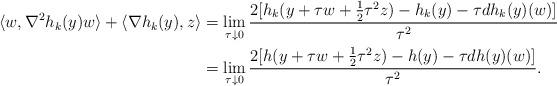
LaTeX: \begin{align*} \langle w,\nabla^2 h_{k}(y)w\rangle+\langle\nabla h_{k}(y), z\rangle &=\lim_{\tau\downarrow 0}\frac{2[h_k(y+\tau w+\frac{1}{2}\tau^2z)-h_k(y)-\tau dh_k(y)(w)]}{\tau^2}\\ &=\lim_{\tau\downarrow 0}\frac{2[h(y+\tau w+\frac{1}{2}\tau^2z)-h(y)-\tau dh(y)(w)]}{\tau^2}. \end{align*}